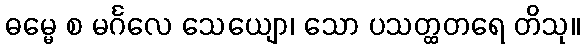
ဓမ္မေ စ မင်္ဂလေ သေယျော၊ သော ပသတ္ထတရေ တိသု။